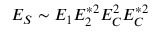
E _ { S } \sim E _ { 1 } E _ { 2 } ^ { * 2 } E _ { C } ^ { 2 } E _ { C } ^ { * 2 }